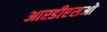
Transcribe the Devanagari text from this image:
आरडीएसओ